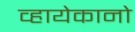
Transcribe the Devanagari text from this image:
व्हायेकानो